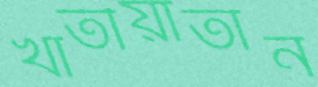
খাতীয়াতান